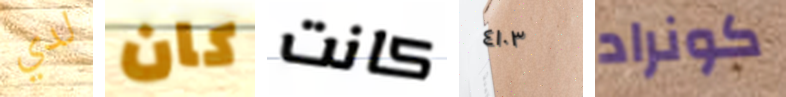
لدي كان كانت ٤١٠٣ كونراد